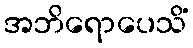
အဘိရောပေသိံ